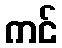
ကင်